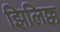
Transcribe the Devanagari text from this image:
झिलिक्क